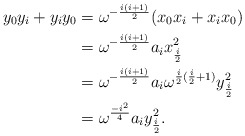
\begin{align*}y_0 y_i + y_i y_0 &= \omega^{-\frac{i(i+1)}{2}}(x_0 x_i + x_i x_0)\\ &= \omega^{-\frac{i(i+1)}{2}} a_i x_{\frac{i}{2}}^2\\ &= \omega^{-\frac{i(i+1)}{2}} a_i \omega^{\frac{i}{2}(\frac{i}{2}+1)} y_{\frac{i}{2}}^2 \\ &= \omega^{\frac{-i^2}{4}}a_i y_{\frac{i}{2}}^2.\end{align*}